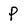
Character: P